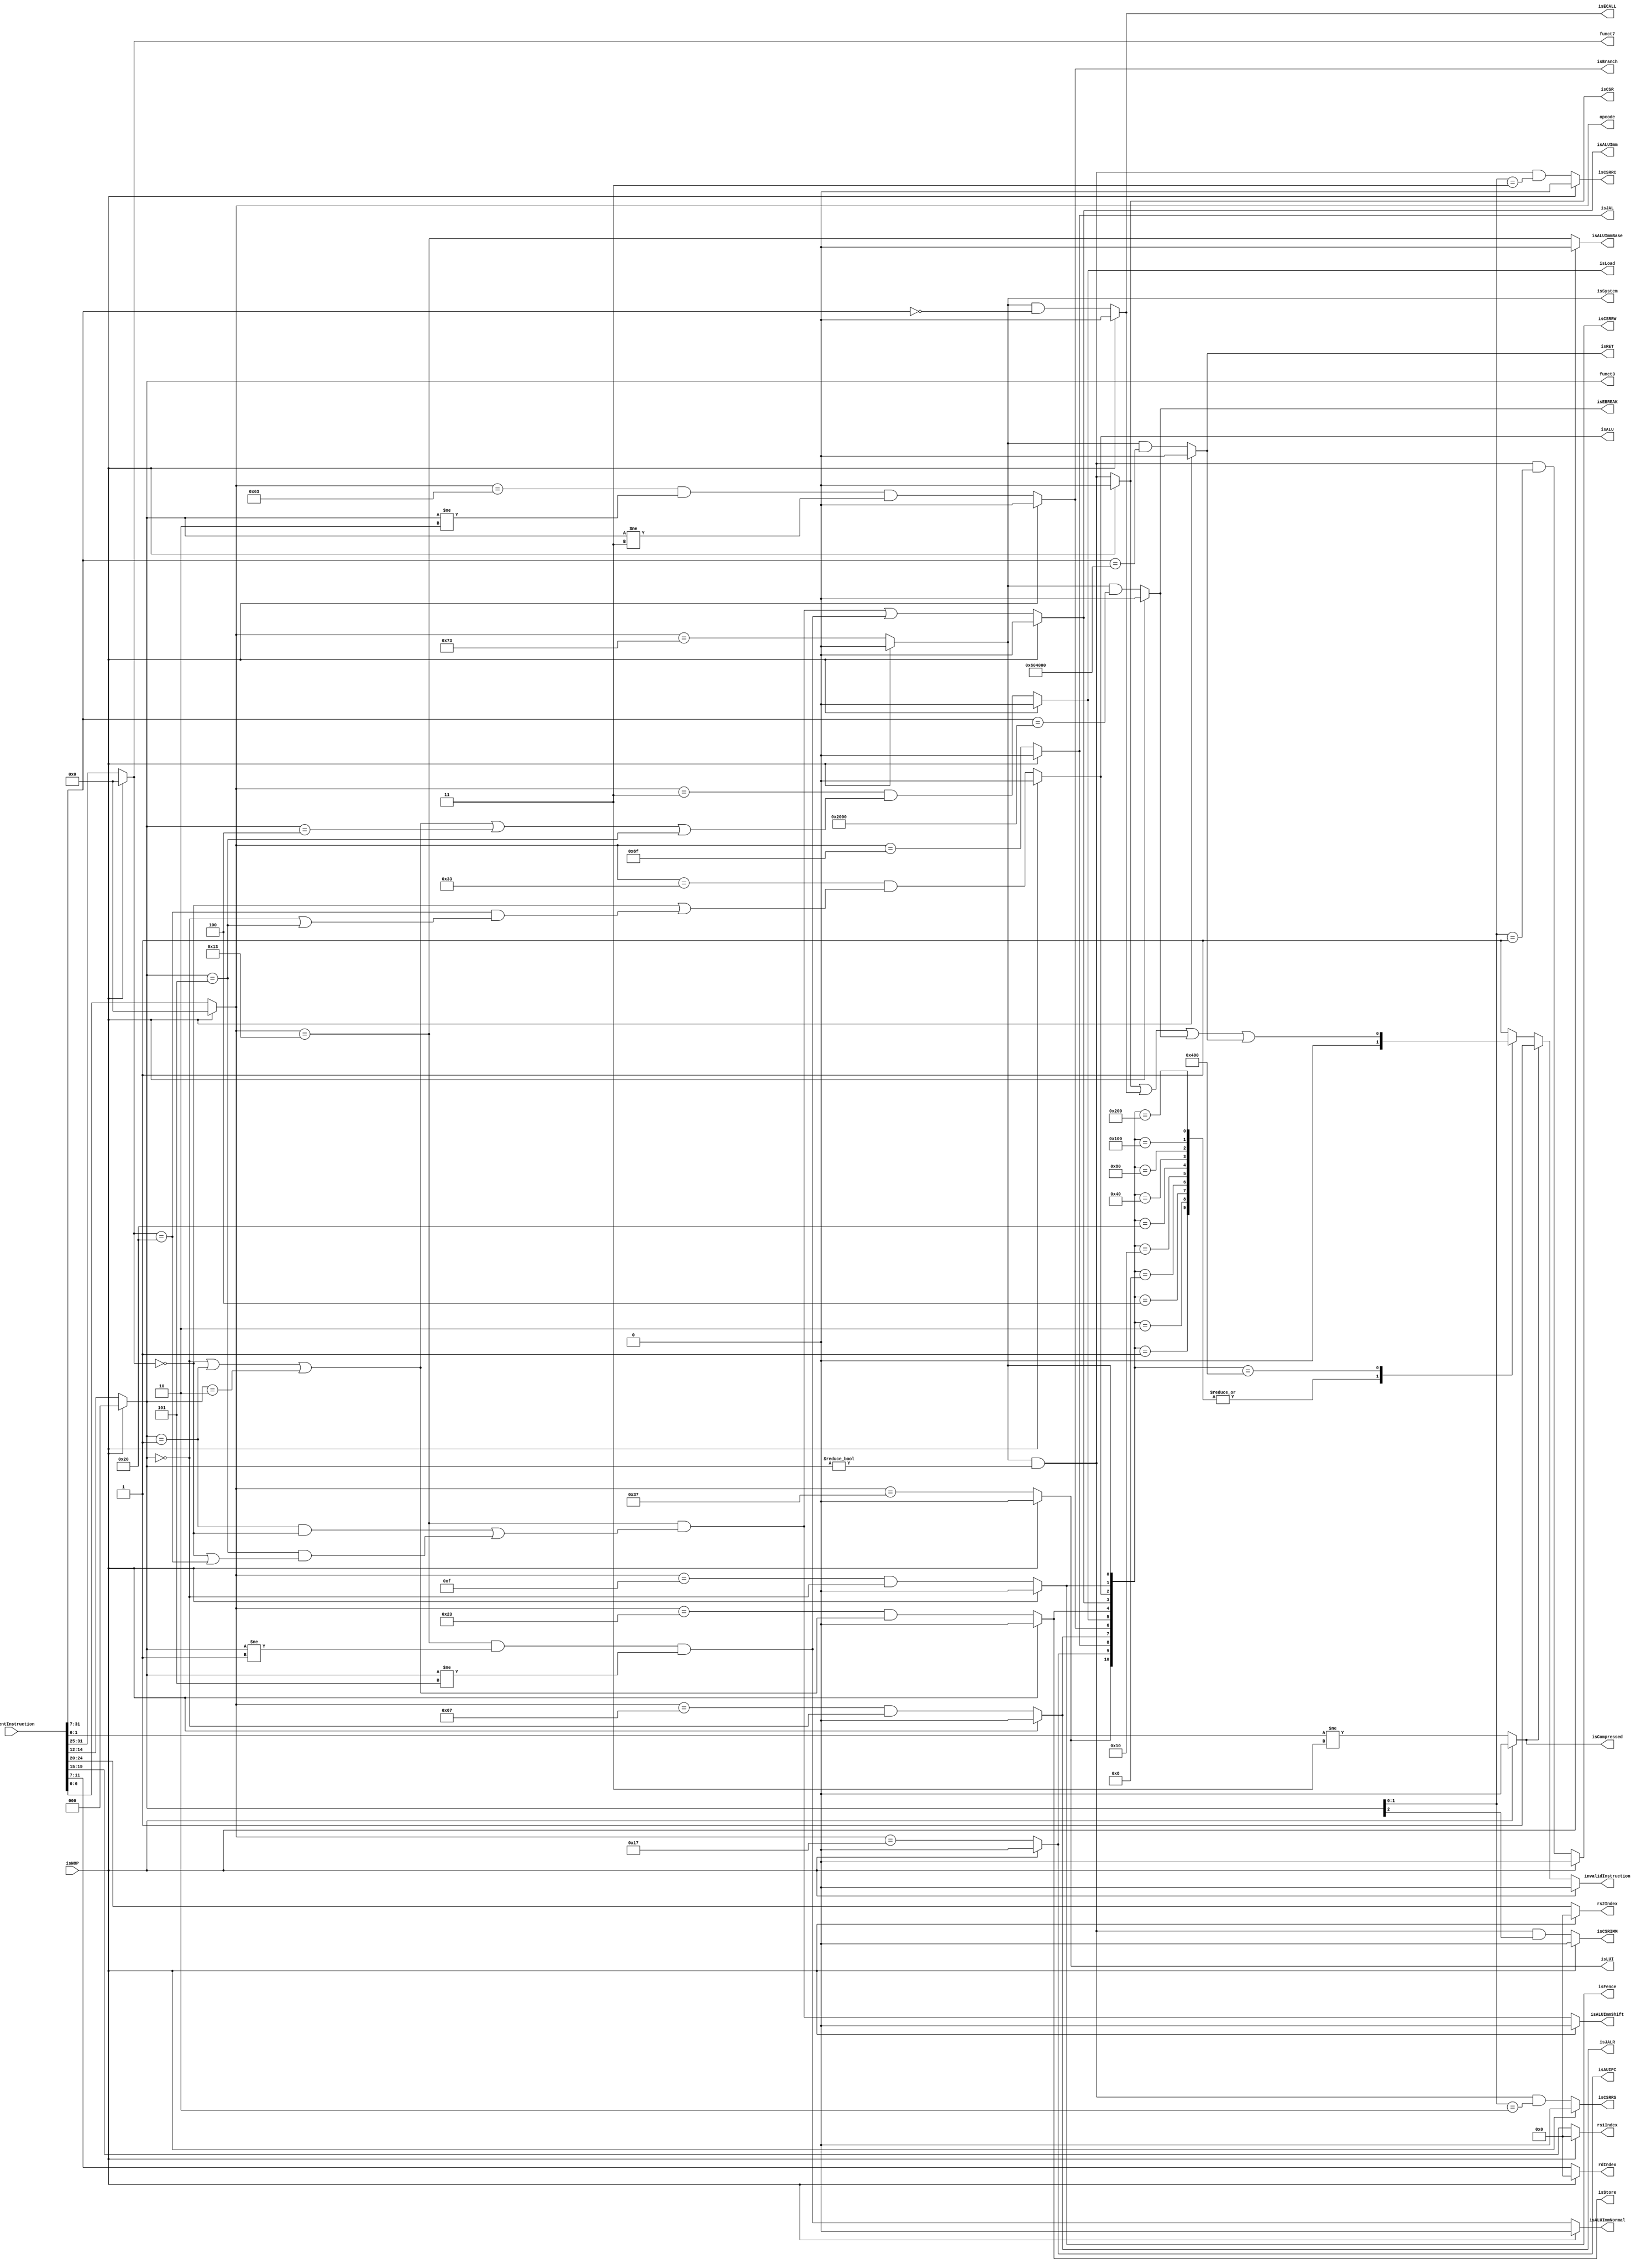
module InstructionDecode (
		input wire[31:0] currentInstruction,
		input wire isNOP,
		output reg[6:0] opcode,
		output reg[4:0] rdIndex,
		output reg[4:0] rs1Index,
		output reg[4:0] rs2Index,
		output reg[2:0] funct3,
		output reg[6:0] funct7,
		output reg isCompressed,
		output reg isLUI,
		output reg isAUIPC,
		output reg isJAL,
		output reg isJALR,
		output reg isBranch,
		output reg isLoad,
		output reg isStore,
		output reg isALUImmBase,
		output reg isALUImmNormal,
		output reg isALUImmShift,
		output reg isALUImm,
		output reg isALU,
		output reg isFence,
		output reg isSystem,
		output reg isCSR,
		output reg isCSRIMM,
		output reg isCSRRW,
		output reg isCSRRS,
		output reg isCSRRC,
		output reg isECALL,
		output reg isEBREAK,
		output reg isRET,
		output reg invalidInstruction
	);



	// Instruction decode
	always @(*) begin
		if (isNOP) begin
			opcode = 7'b0;
			rdIndex = 5'b0;
			rs1Index = 5'b0;
			rs2Index = 5'b0;
			funct3 = 3'b0;
			funct7 = 7'b0;
			isCompressed = 1'b0;
		end else begin
			opcode = currentInstruction[6:0];
			rdIndex = currentInstruction[11:7];
			rs1Index = currentInstruction[19:15];
			rs2Index = currentInstruction[24:20];
			funct3 = currentInstruction[14:12];
			funct7 = currentInstruction[31:25];
			isCompressed = opcode[1:0] != 2'b11;
		end
	end

	// Instruction decode
	always @(*) begin
		if (isNOP) begin
			isLUI 		   = 1'b0;
			isAUIPC 	   = 1'b0;
			isJAL 		   = 1'b0;
			isJALR   	   = 1'b0;
			isBranch 	   = 1'b0;
			isLoad   	   = 1'b0;
			isStore  	   = 1'b0;
			isALUImmBase   = 1'b0;
			isALUImmNormal = 1'b0;
			isALUImmShift  = 1'b0;
			isALUImm 	   = 1'b0;
			isALU 	 	   = 1'b0;
			isFence  	   = 1'b0;
			isSystem 	   = 1'b0;
		end else begin
			isLUI 		   = (opcode == 7'b0110111);
			isAUIPC 	   = (opcode == 7'b0010111);
			isJAL 		   = (opcode == 7'b1101111);
			isJALR   	   = (opcode == 7'b1100111) && (funct3 == 3'b000);
			isBranch 	   = (opcode == 7'b1100011) && (funct3 != 3'b010) && (funct3 != 3'b011);
			isLoad   	   = (opcode == 7'b0000011) && (funct3 == 3'b000 || funct3 == 3'b001 || funct3 == 3'b010 || funct3 == 3'b100 || funct3 == 3'b101);
			isStore  	   = (opcode == 7'b0100011) && (funct3 == 3'b000 || funct3 == 3'b001 || funct3 == 3'b010);
			isALUImmBase   = (opcode == 7'b0010011);
			isALUImmNormal = isALUImmBase && funct3 != 3'b001 && funct3 != 3'b101;
			isALUImmShift  = isALUImmBase && ((funct3 == 3'b001 && funct7 == 7'b0000000) || (funct3 == 3'b101 && (funct7 == 7'b0000000 || funct7 == 7'b0100000)));
			isALUImm 	   = isALUImmShift || isALUImmNormal;
			isALU 	 	   = (opcode == 7'b0110011) && (funct7 == 7'b0000000 || ((funct7 == 7'b0100000) && (funct3 == 3'b000 || funct3 == 3'b101)));
			isFence  	   = (opcode == 7'b0001111) && (funct3 == 3'b000);
			isSystem 	   = (opcode == 7'b1110011);
		end
	end


	// System commands
	always @(*) begin
		if (isNOP) begin
			isCSR 	 = 1'b0;
			isCSRIMM = 1'b0;
			isCSRRW  = 1'b0;
			isCSRRS  = 1'b0;
			isCSRRC  = 1'b0;
			isECALL  = 1'b0;
			isEBREAK = 1'b0;
			isRET 	 = 1'b0;
		end else begin
			isCSR 	 = isSystem && (funct3 != 3'b000);
			isCSRIMM = isCSR && funct3[2];
			isCSRRW  = isCSR && (funct3[1:0] == 2'b01);
			isCSRRS  = isCSR && (funct3[1:0] == 2'b10);
			isCSRRC  = isCSR && (funct3[1:0] == 2'b11);
			isECALL  = isSystem && (currentInstruction[31:7] == 25'b0000000000000000000000000);
			isEBREAK = isSystem && (currentInstruction[31:7] == 25'b0000000000010000000000000);
			isRET 	 = isSystem && (currentInstruction[31:7] == 25'b0011000000100000000000000);
		end
	end

	wire validSystemCommand = isCSR || isECALL || isEBREAK || isRET;

	always @(*) begin
		if (isNOP) begin
			invalidInstruction = 1'b0;
		end else begin
			if (isCompressed) begin
				invalidInstruction = 1'b1;
			end else begin
				case ({ isLUI, isAUIPC, isJAL, isJALR, isBranch, isLoad, isStore, isALUImm, isALU, isFence, isSystem })
					'b00000000001: invalidInstruction = 1'b0;
					'b00000000010: invalidInstruction = 1'b0;
					'b00000000100: invalidInstruction = 1'b0;
					'b00000001000: invalidInstruction = 1'b0;
					'b00000010000: invalidInstruction = 1'b0;
					'b00000100000: invalidInstruction = 1'b0;
					'b00001000000: invalidInstruction = 1'b0;
					'b00010000000: invalidInstruction = 1'b0;
					'b00100000000: invalidInstruction = 1'b0;
					'b01000000000: invalidInstruction = 1'b0;
					'b10000000000: invalidInstruction = validSystemCommand;
					default: invalidInstruction = 1'b1;
				endcase
			end
		end
	end

endmodule